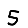
Digit: 5